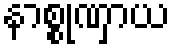
နာစ္စုဏှာယ